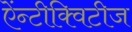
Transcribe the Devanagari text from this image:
ऐंन्टीक्विटीज